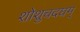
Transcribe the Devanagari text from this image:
शोशुचदघम्